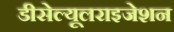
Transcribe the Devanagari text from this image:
डीसेल्यूलराइजेशन